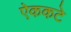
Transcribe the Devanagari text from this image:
ऐककटे